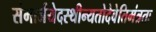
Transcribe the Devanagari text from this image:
संमार्जयेदस्थीन्यतोदेवेतिमंत्रतः